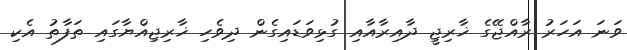
ވަނަ އަހަރު ރާއްޖޭގެ ޚާރިޖީ ދާއިރާއާއި ގުޅިވަޑައިގެން ދިވެހި ޚާރިޖިއްޔާގައި ތަފާތު އެކި